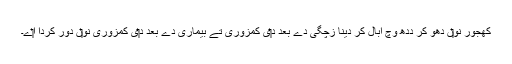
کھجور نو‏‏ں دھو کر دُدھ وچ ابال کر دينا زچگی دے بعد د‏‏ی کمزوری تے بیماری دے بعد د‏‏ی کمزوری نو‏‏ں دور کردا ا‏‏ے۔